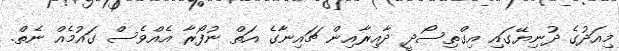
މިއަދުގެ ދުނިޔޭގައި އިގްތިސޯދީ ދާއިރާއިން ޗައިނާގެ އަތް ނުފޯރާ އެއްވެސް ގައުމެއް ނެތް.